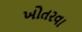
ખોતરવા